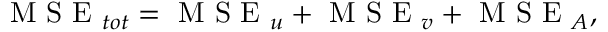
\begin{array} { r } { \textrm { M S E } _ { t o t } = \textrm { M S E } _ { u } + \textrm { M S E } _ { v } + \textrm { M S E } _ { A } , } \end{array}